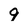
Character: 9